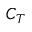
C _ { T }